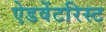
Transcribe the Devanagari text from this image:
ऐडवेंटरिस्ट